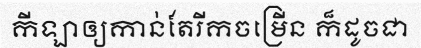
កីឡាឲ្យកាន់តែរីកចម្រើន ក៏ដូចជា